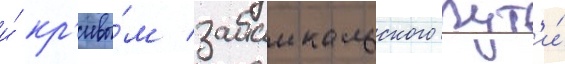
и́ кр'ивы́м забаикальского пут'и́